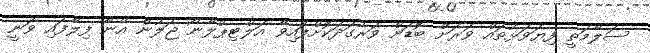
ސަލާމަތީ ފިޔަވަޅުތައް ވަރަށް ބޮޑަށް ވަރުގަދަކޮށްފައިވާ އަލްޓިޕްލާނޯ ޖަލުން އޭނާ ފިލާފައި ވަނީ